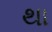
થા